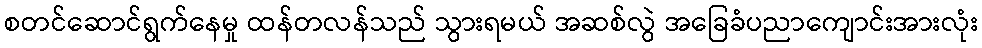
စတင်ဆောင်ရွက်နေမှု ထန်တလန်သည် သွားရမယ် အဆစ်လွဲ အခြေခံပညာကျောင်းအားလုံး